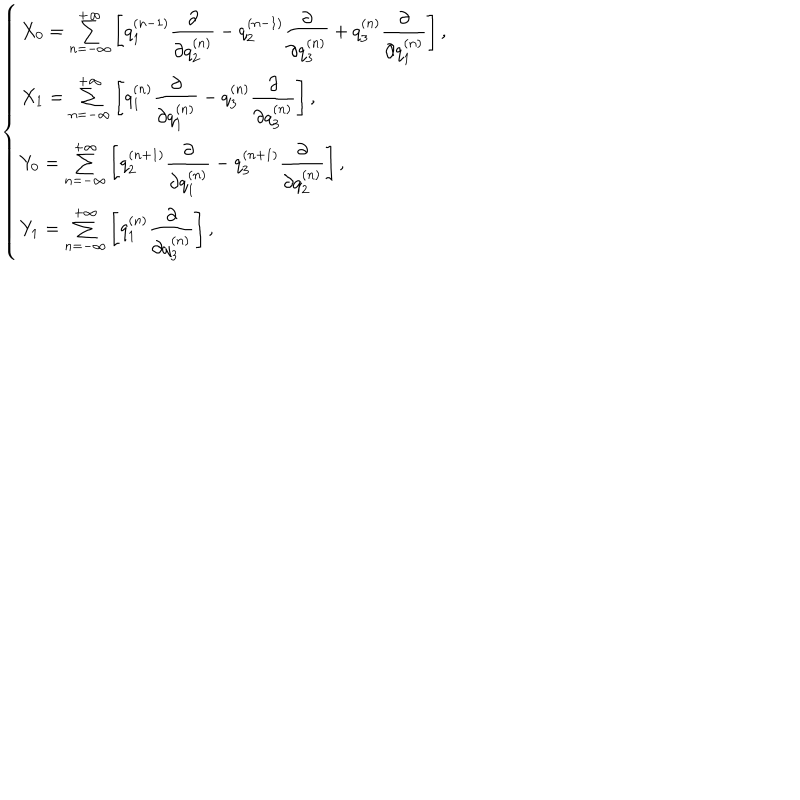
LaTeX: \left\{ \begin{array} { l } { { X _ { 0 } = \sum _ { n = - \infty } ^ { + \infty } \left[ q _ { 1 } ^ { ( n - 1 ) } { \displaystyle \frac { \partial } { \partial { q _ { 2 } ^ { ( n ) } } } } - q _ { 2 } ^ { ( n - 1 ) } { \displaystyle \frac { \partial } { \partial { q _ { 3 } ^ { ( n ) } } } } + q _ { 3 } ^ { ( n ) } { \displaystyle \frac { \partial } { \partial { q _ { 1 } ^ { ( n ) } } } } \right] , } } \\ { { X _ { 1 } = \sum _ { n = - \infty } ^ { + \infty } \left[ q _ { 1 } ^ { ( n ) } { \displaystyle \frac { \partial } { \partial { q _ { 1 } ^ { ( n ) } } } } - q _ { 3 } ^ { ( n ) } { \displaystyle \frac { \partial } { \partial { q _ { 3 } ^ { ( n ) } } } } \right] , } } \\ { { Y _ { 0 } = \sum _ { n = - \infty } ^ { + \infty } \left[ q _ { 2 } ^ { ( n + 1 ) } { \displaystyle \frac { \partial } { \partial { q _ { 1 } ^ { ( n ) } } } } - q _ { 3 } ^ { ( n + 1 ) } { \displaystyle \frac { \partial } { \partial { q _ { 2 } ^ { ( n ) } } } } \right] , } } \\ { { Y _ { 1 } = \sum _ { n = - \infty } ^ { + \infty } \left[ q _ { 1 } ^ { ( n ) } { \displaystyle \frac { \partial } { \partial { q _ { 3 } ^ { ( n ) } } } } \right] , } } \\ \end{array} \right.